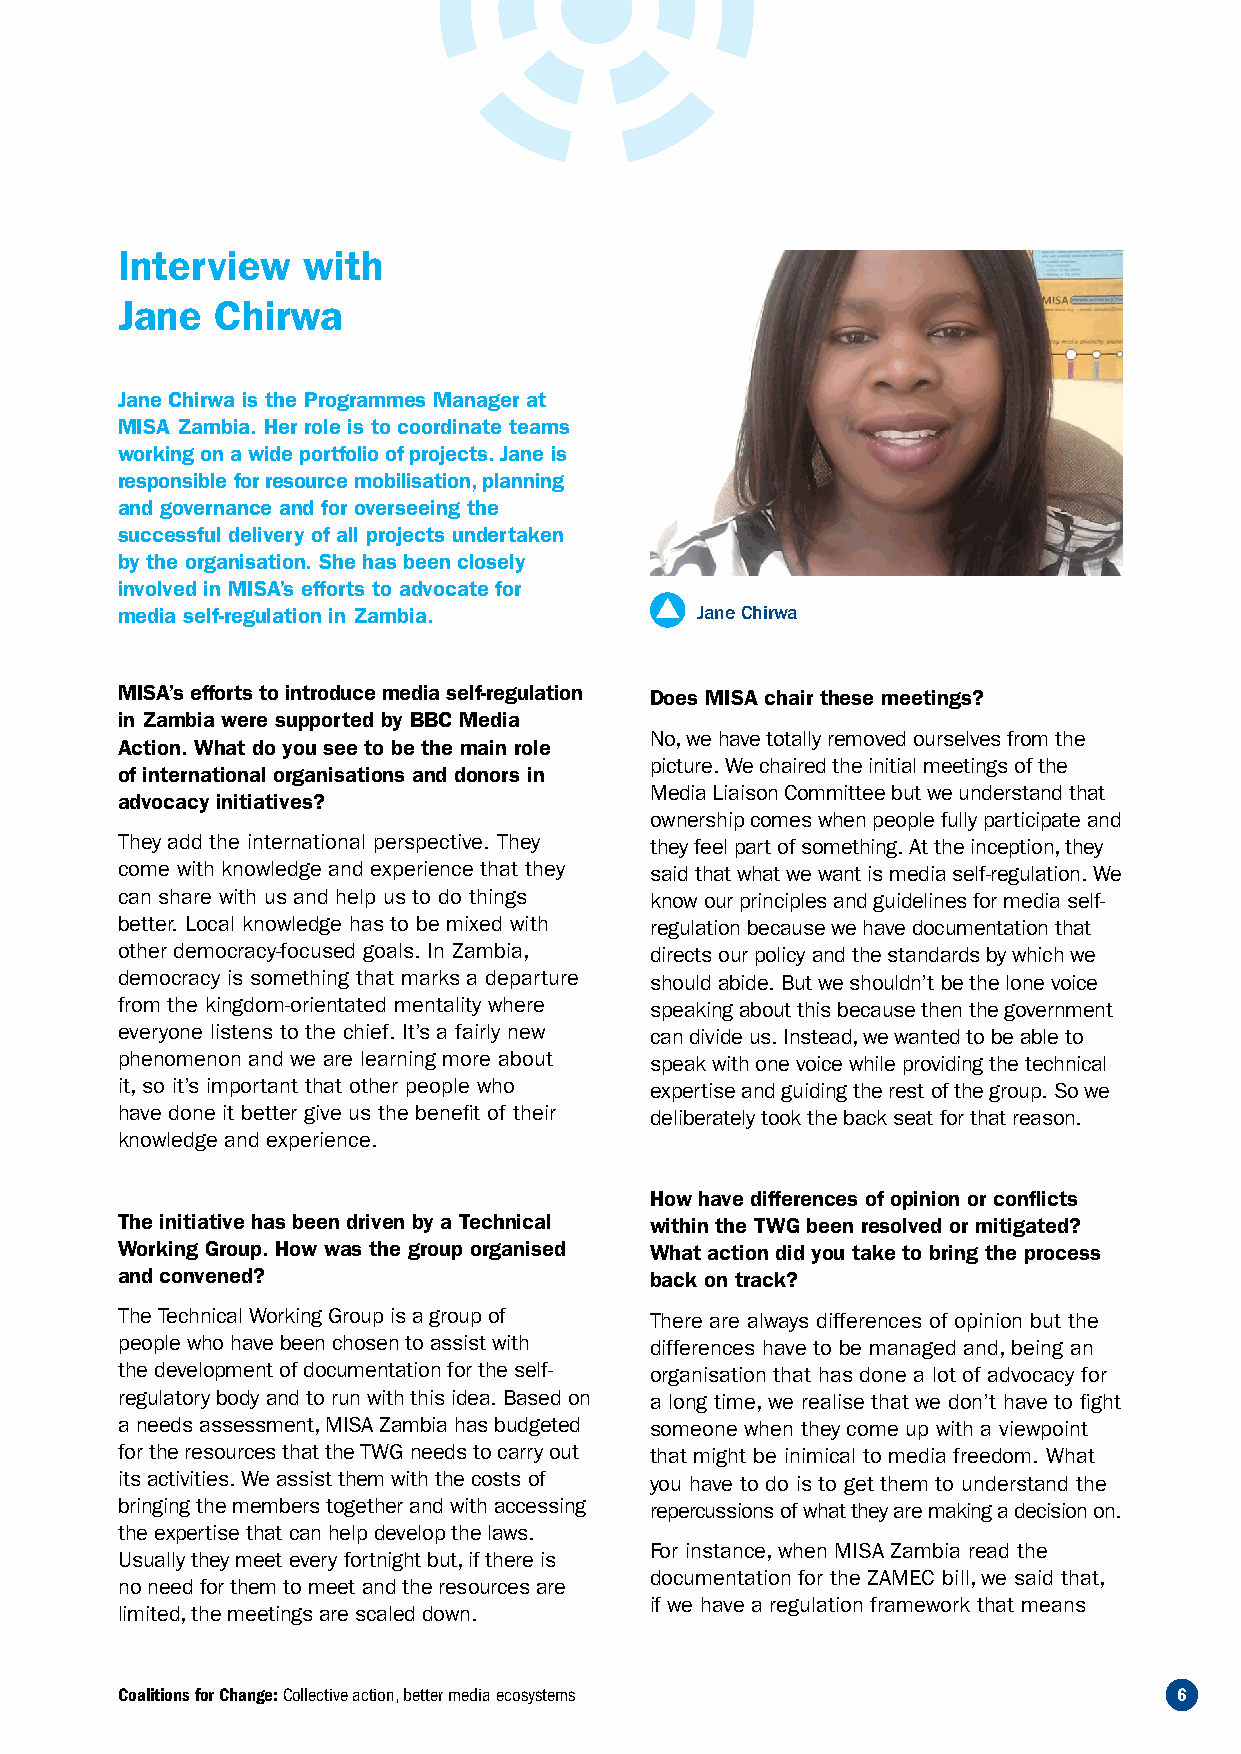
Interview   with
 Jane  Chirwa
 Jane Chirwa is the Programmes Manager at
 MISA Zambia. Her role is to coordinate teams
 working on a wide portfolio of projects. Jane is
 responsible for resource mobilisation, planning
 and governance and for overseeing the
 successful delivery of all projects undertaken
 by the organisation. She has been closely
 involved in MISA’s efforts to advocate for
 media self-regulation in Zambia.      Jane Chirwa
 MISA’s efforts to introduce media self-regulation Does MISA chair these meetings?
 in Zambia were supported by BBC Media
 No, we have totally removed ourselves from the
 Action. What do you see to be the main role
 picture. We chaired the initial meetings of the
 of international organisations and donors in
 Media Liaison Committee but we understand that
 advocacy initiatives?
 ownership comes when people fully participate and
 They add the international perspective. They they feel part of something. At the inception, they
 come with knowledge and experience that they said that what we want is media self-regulation. We
 can share with us and help us to do things know our principles and guidelines for media self-
 better. Local knowledge has to be mixed with regulation because we have documentation that
 other democracy-focused goals. In Zambia, directs our policy and the standards by which we
 democracy is something that marks a departure should abide. But we shouldn’t be the lone voice
 from the kingdom-orientated mentality where speaking about this because then the government
 everyone listens to the chief. It’s a fairly new can divide us. Instead, we wanted to be able to
 phenomenon and we are learning more about speak with one voice while providing the technical
 it, so it’s important that other people who expertise and guiding the rest of the group. So we
 have done it better give us the benefit of their deliberately took the back seat for that reason.
 knowledge and experience.
 How have differences of opinion or conflicts
 The initiative has been driven by a Technical within the TWG been resolved or mitigated?
 Working Group. How was the group organised What action did you take to bring the process
 and convened?                      back on track?
 The Technical Working Group is a group of There are always differences of opinion but the
 people who have been chosen to assist with differences have to be managed and, being an
 the development of documentation for the self- organisation that has done a lot of advocacy for
 regulatory body and to run with this idea. Based on a long time, we realise that we don’t have to fight
 a needs assessment, MISA Zambia has budgeted someone when they come up with a viewpoint
 for the resources that the TWG needs to carry out that might be inimical to media freedom. What
 its activities. We assist them with the costs of you have to do is to get them to understand the
 bringing the members together and with accessing repercussions of what they are making a decision on.
 the expertise that can help develop the laws.
 For instance, when MISA Zambia read the
 Usually they meet every fortnight but, if there is
 documentation for the ZAMEC bill, we said that,
 no need for them to meet and the resources are
 if we have a regulation framework that means
 limited, the meetings are scaled down.
 Coalitions for Change: Collective action, better media ecosystems     6